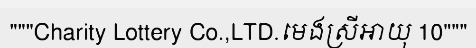
"""Charity Lottery Co.,LTD.មេងស្រីអាយុ 10"""